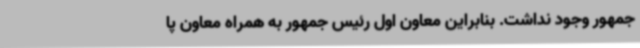
جمهور وجود نداشت. بنابراین معاون اول رئیس جمهور به همراه معاون پا